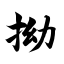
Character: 拗